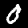
Label: 0